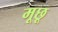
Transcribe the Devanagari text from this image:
मूछू